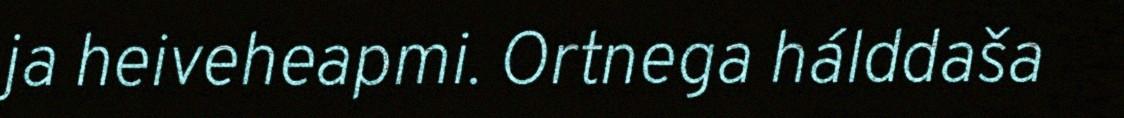
ja heiveheapmi. Ortnega hálddaša